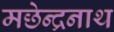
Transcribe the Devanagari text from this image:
मछेन्द्रनाथ